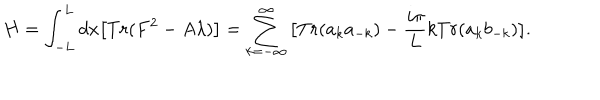
LaTeX: H = \int _ { - L } ^ { L } d x \big [ T r ( F ^ { 2 } - A \lambda ) \big ] = \sum _ { k = - \infty } ^ { \infty } \big [ T r ( a _ { k } a _ { - k } ) - { \frac { i \pi } { L } } k T r ( a _ { k } b _ { - k } ) \big ] .